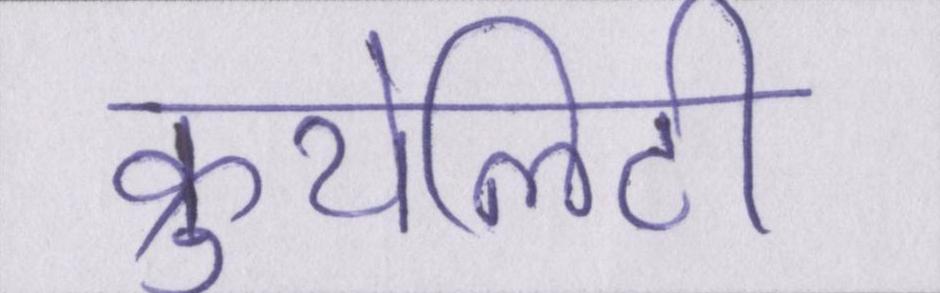
क्रुयेलिटी